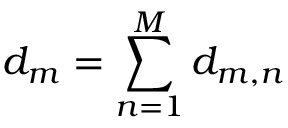
d _ { m } = \sum _ { n = 1 } ^ { M } d _ { m , n }